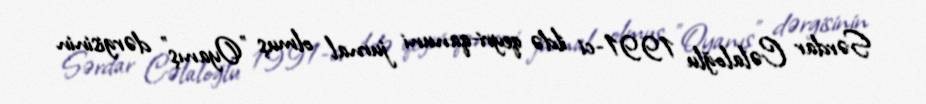
Sərdar Cəlaloğlu 1991-ci ildə qeyri-qanuni jurnal olmuş "Oyanış" dərgisinin